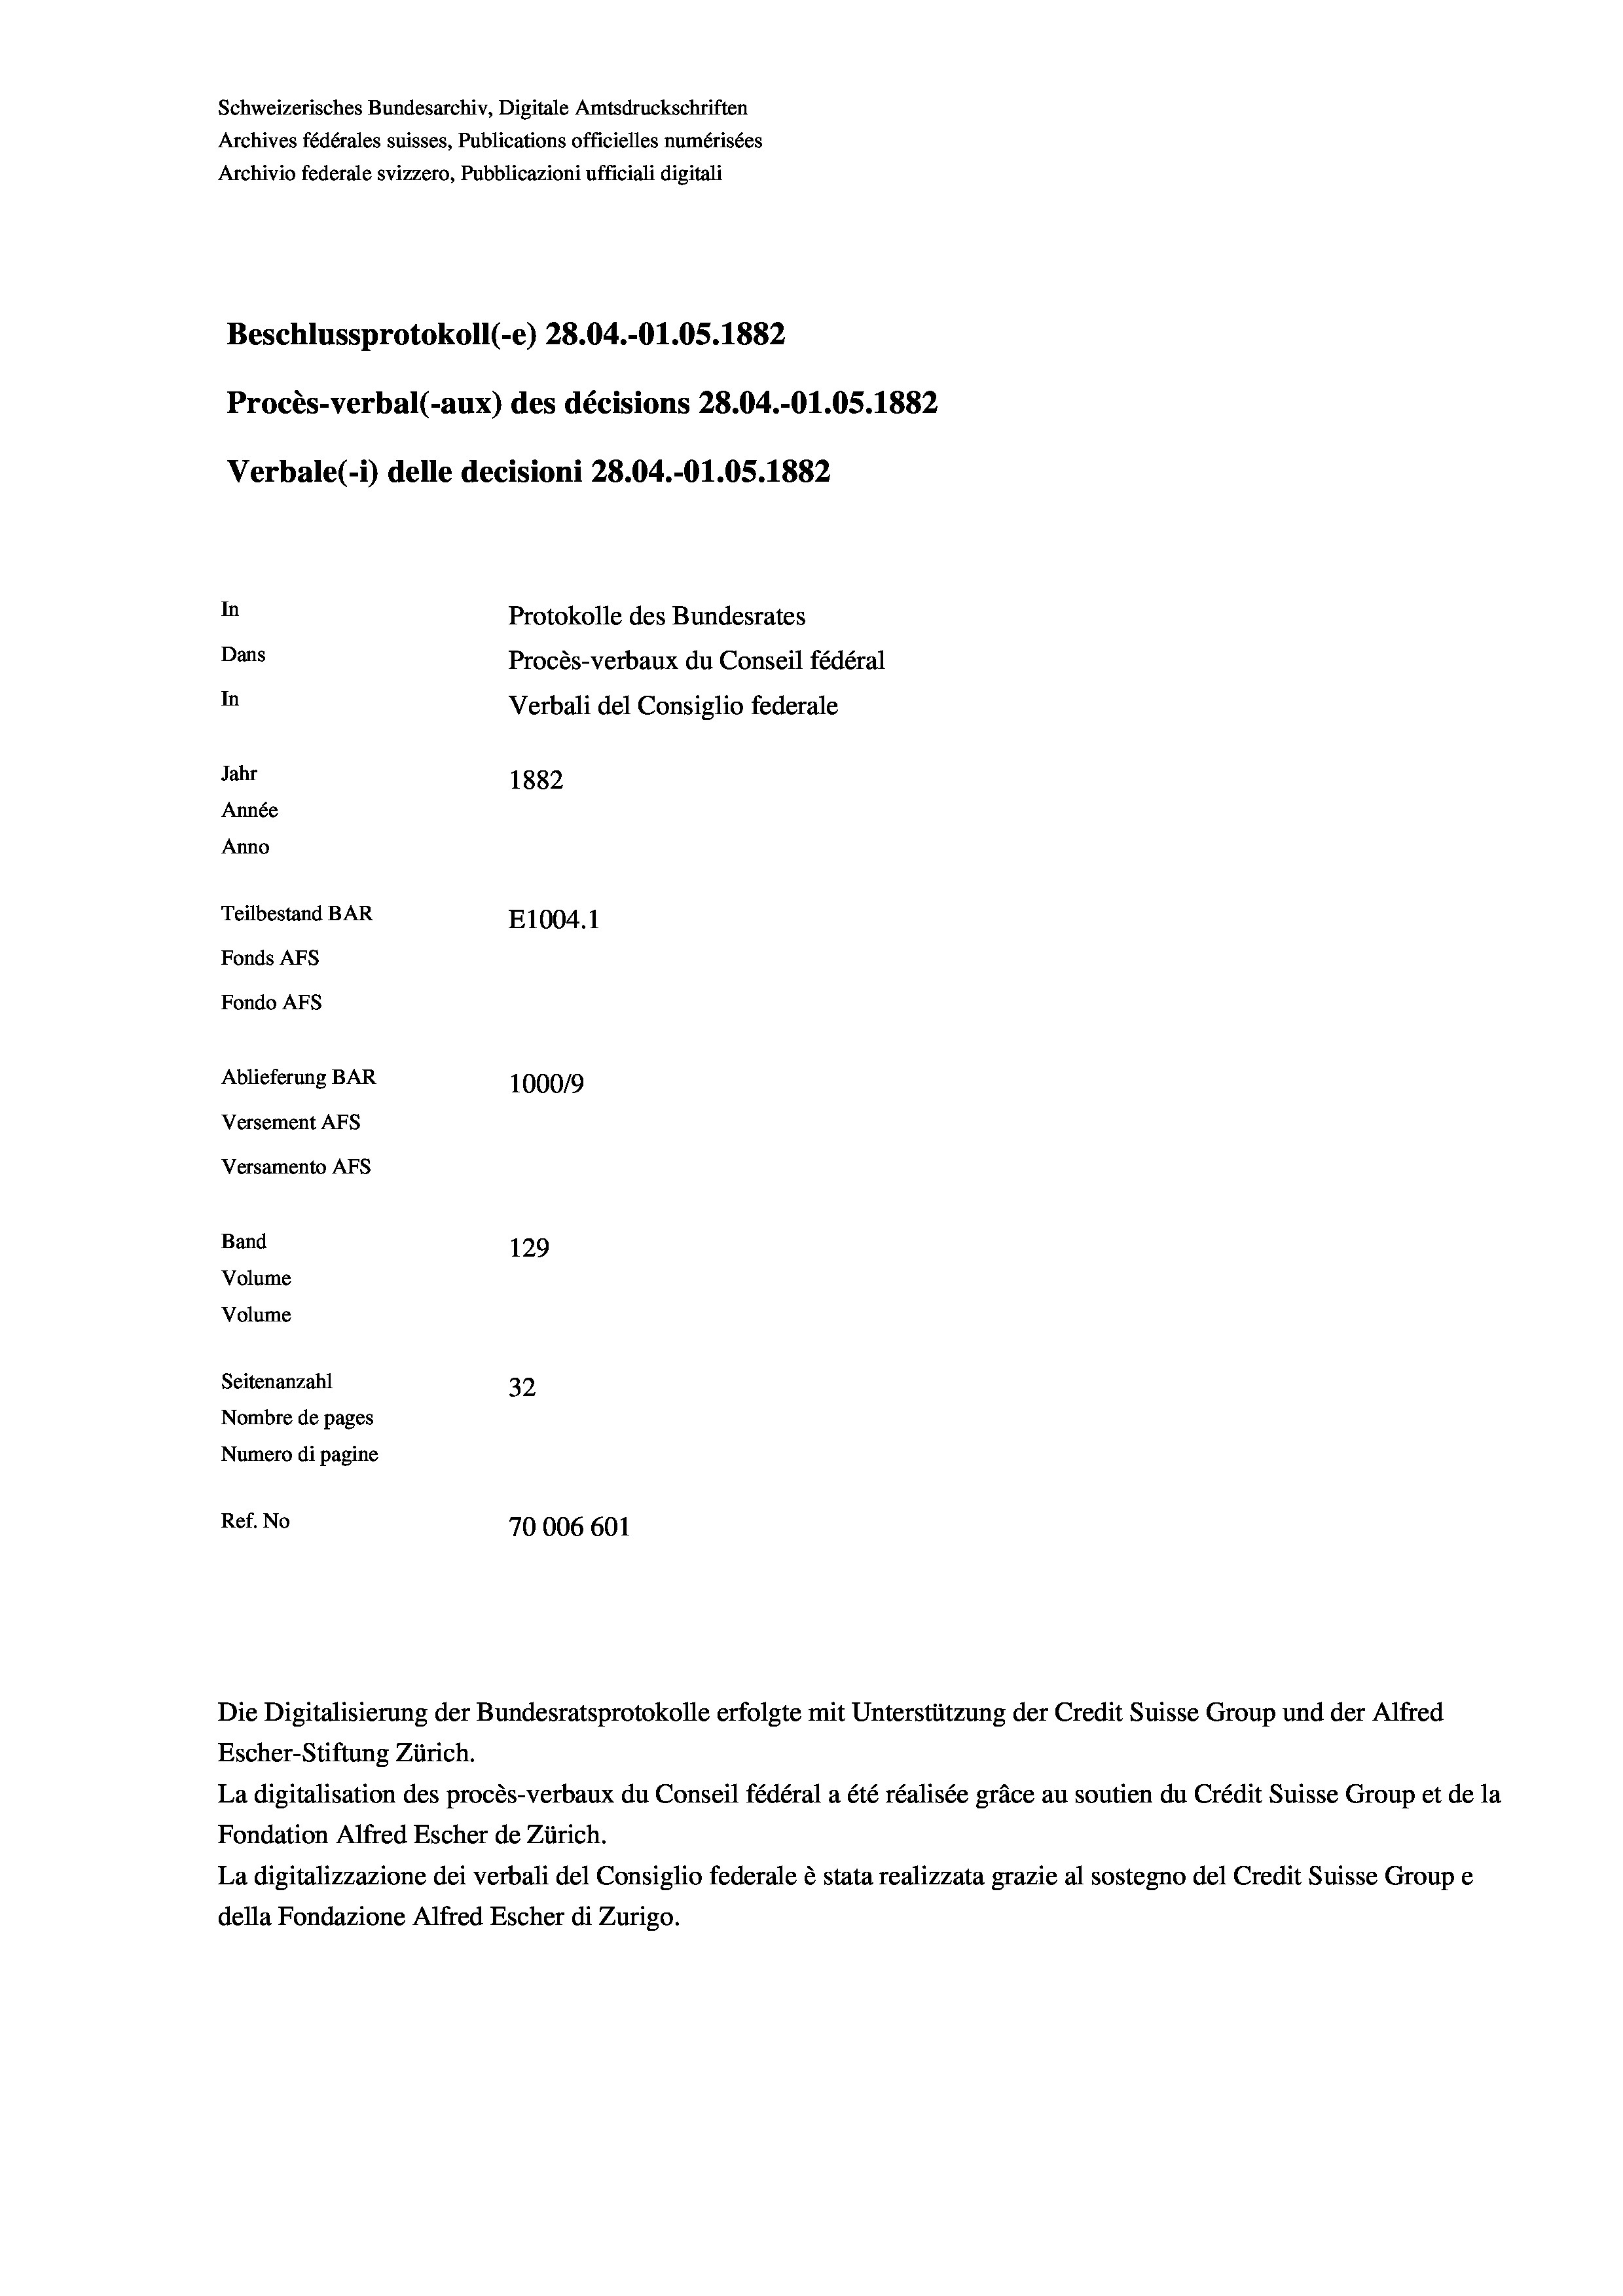
Schweizerisches Bundesarchiv, Digitale Amtsdruckschriften
Archives fédérales suisses, Publications officielles numérisées
Archivio federale svizzero, Pubblicazioni ufficiali digitali
Beschlussprotokoll (-e) 28.04.-O1.05. 1882
Procès-verbal (-aux) des décisions 28.04.-O1.05. 1882
Verbale(-*) delle decisioni 28.04.-O1.05. 1882
In
Protokolle des Bundesrates
Dans
Procès-verbaux du Conseil fédéral
In
Verbali del Consiglio federale
Jahr
1882
Année
Anno
Teilbestand BAR
E1004. 1
Fonds AFs
Fondo Afs
Ablieferung BAR
100019
Versement AFs
Versamento AFs
Band
129
Volume
Volume
Seitenanzahl
32
Nombre de pages
Numero di pagine
Ref. No
70006 601

Escher-Stiftung Zürich.
La digitalisation des procès-verbaux du Conseil fédéral a été réalisée gräce au soutien du Crédit Suisse Group et de la
Fondation Alfred Escher de Zürich.
La digitalizzazione dei verbali del Consiglio federale è stata realizzata grazie al sostegno del Credit Suisse Groupe
della Fondazione Alfred Escher di Zurigo.

Die Digitalisierung der Bundesratsprotokolle erfolgte mit Unterstützung der Credit Suisse Group und der Alfred